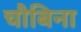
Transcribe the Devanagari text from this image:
चौबिना